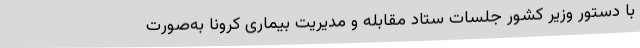
با دستور وزیر کشور جلسات ستاد مقابله و مدیریت بیماری کرونا به‌صورت